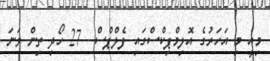
މިއީ މި އަހަރުގެ އޮލިމްޕިކްސްގައި ފެލްޕްސް  27 ހޯދި ތިން ވަނަ